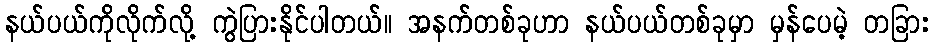
နယ်ပယ်ကိုလိုက်လို့ ကွဲပြားနိုင်ပါတယ်။ အနက်တစ်ခုဟာ နယ်ပယ်တစ်ခုမှာ မှန်ပေမဲ့ တခြား